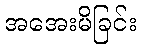
အအေးမိခြင်း